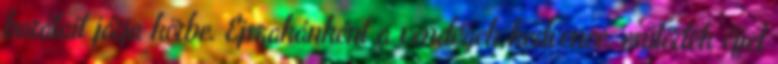
barátait járja körbe. Éjszakánként a vendégek kedvence, csütörtök éjjel